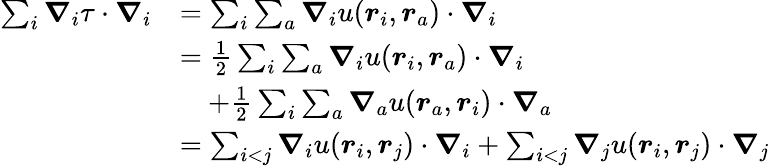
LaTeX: \begin{array}{rl}{\sum_{i}\boldsymbol{\nabla}_{i}\tau\cdot\boldsymbol{\nabla}_{i}}&{=\sum_{i}\sum_{a}\boldsymbol{\nabla}_{i}u(\boldsymbol{r}_{i},\boldsymbol{r}_{a})\cdot\boldsymbol{\nabla}_{i}}\\ &{=\frac{1}{2}\sum_{i}\sum_{a}\boldsymbol{\nabla}_{i}u(\boldsymbol{r}_{i},\boldsymbol{r}_{a})\cdot\boldsymbol{\nabla}_{i}}\\ &{\quad+\frac{1}{2}\sum_{i}\sum_{a}\boldsymbol{\nabla}_{a}u(\boldsymbol{r}_{a},\boldsymbol{r}_{i})\cdot\boldsymbol{\nabla}_{a}}\\ &{=\sum_{i<j}\boldsymbol{\nabla}_{i}u(\boldsymbol{r}_{i},\boldsymbol{r}_{j})\cdot\boldsymbol{\nabla}_{i}+\sum_{i<j}\boldsymbol{\nabla}_{j}u(\boldsymbol{r}_{i},\boldsymbol{r}_{j})\cdot\boldsymbol{\nabla}_{j}}\end{array}